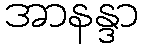
အာနန္ဒာ